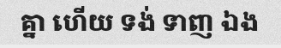
គ្នា ហើយ ទង់ ទាញ ឯង